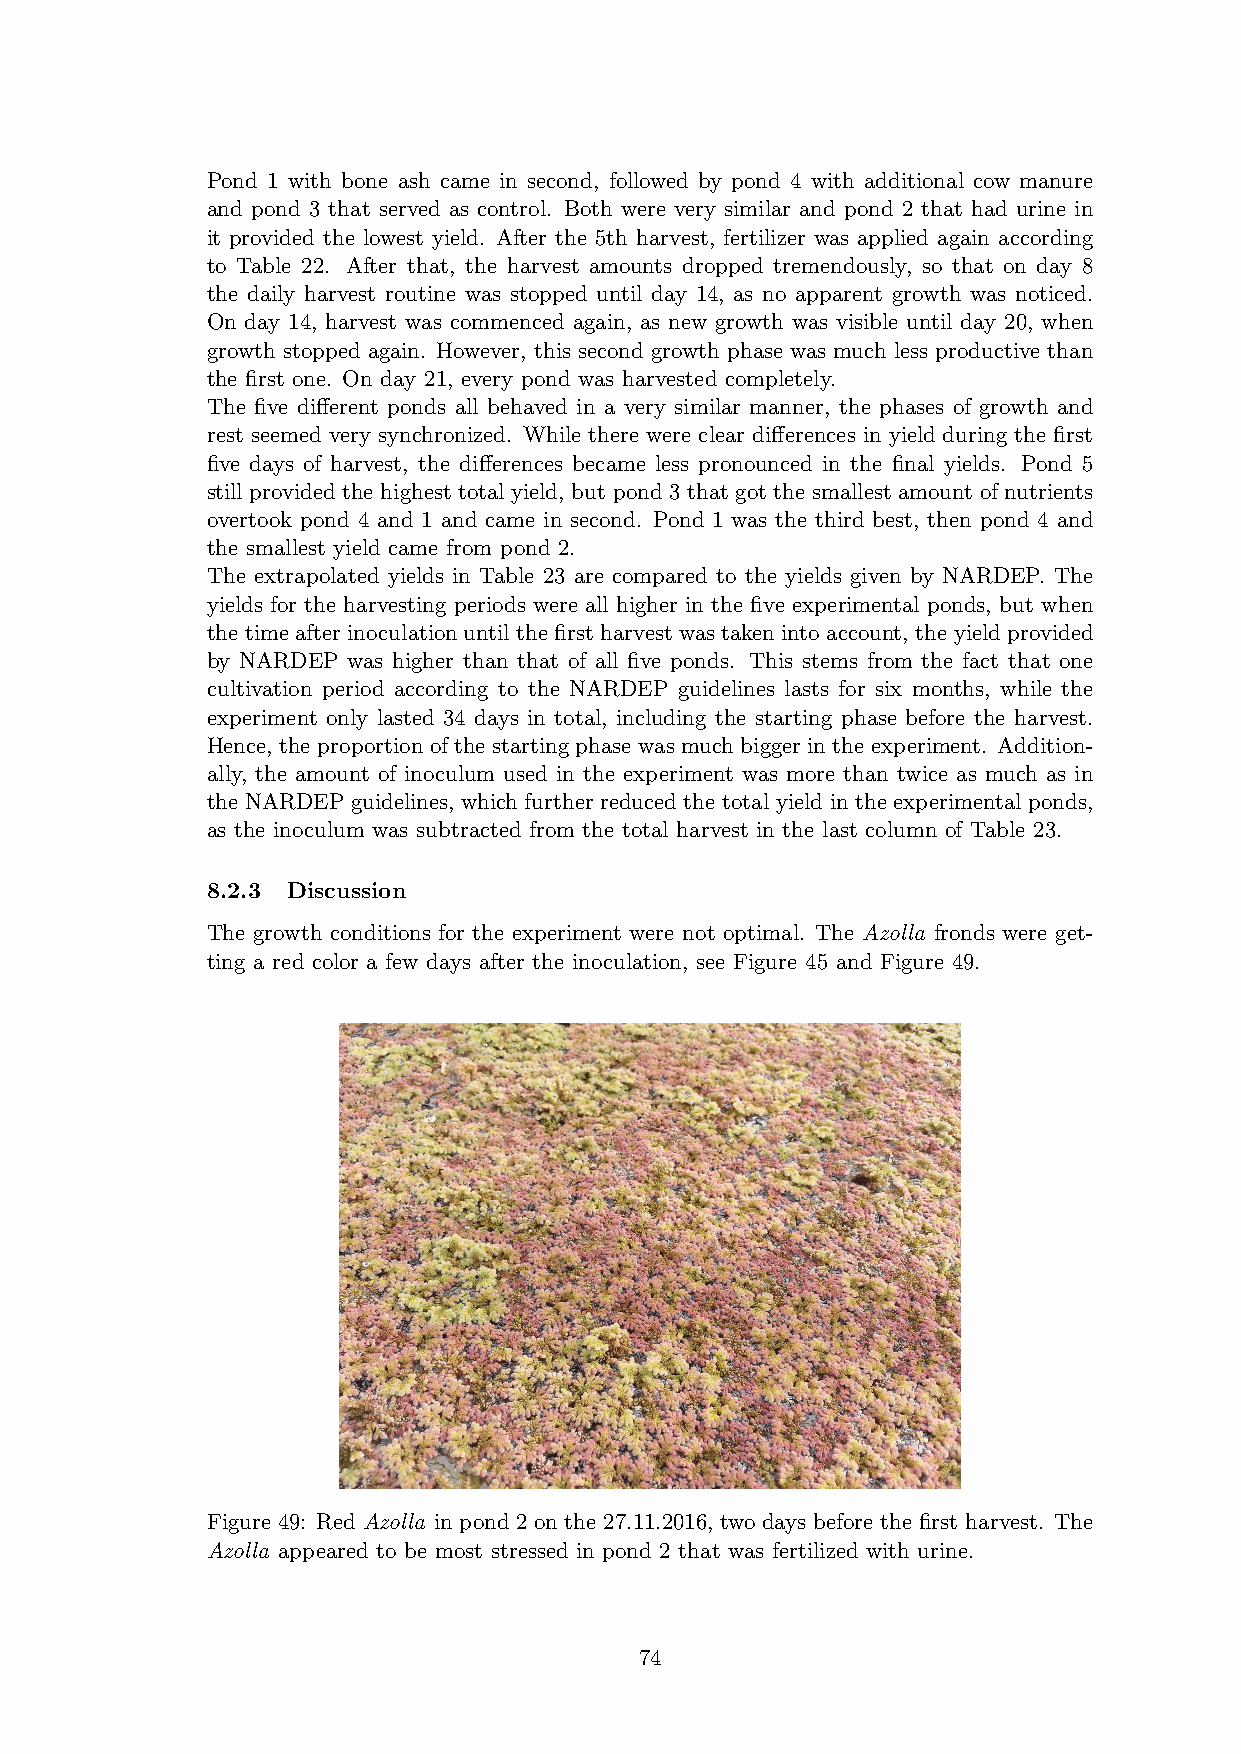
Pond 1 with bone ash came in second, followed by pond 4 with additional cow manure
 and pond 3 that served as control. Both were very similar and pond 2 that had urine in
 it provided the lowest yield. After the 5th harvest, fertilizer was applied again according
 to Table 22. After that, the harvest amounts dropped tremendously, so that on day 8
 the daily harvest routine was stopped until day 14, as no apparent growth was noticed.
 On day 14, harvest was commenced again, as new growth was visible until day 20, when
 growth stopped again. However, this second growth phase was much less productive than
 the first one. On day 21, every pond was harvested completely.
 The five different ponds all behaved in a very similar manner, the phases of growth and
 rest seemed very synchronized. While there were clear differences in yield during the first
 five days of harvest, the differences became less pronounced in the final yields. Pond 5
 still provided the highest total yield, but pond 3 that got the smallest amount of nutrients
 overtook pond 4 and 1 and came in second. Pond 1 was the third best, then pond 4 and
 the smallest yield came from pond 2.
 The extrapolated yields in Table 23 are compared to the yields given by NARDEP. The
 yields for the harvesting periods were all higher in the five experimental ponds, but when
 the time after inoculation until the first harvest was taken into account, the yield provided
 by NARDEP was higher than that of all five ponds. This stems from the fact that one
 cultivation period according to the NARDEP guidelines lasts for six months, while the
 experiment only lasted 34 days in total, including the starting phase before the harvest.
 Hence, the proportion of the starting phase was much bigger in the experiment. Addition-
 ally, the amount of inoculum used in the experiment was more than twice as much as in
 the NARDEP guidelines, which further reduced the total yield in the experimental ponds,
 as the inoculum was subtracted from the total harvest in the last column of Table 23.
 8.2.3 Discussion
 The growth conditions for the experiment were not optimal. The Azolla fronds were get-
 ting a red color a few days after the inoculation, see Figure 45 and Figure 49.
 Figure 49: Red Azolla in pond 2 on the 27.11.2016, two days before the first harvest. The
 Azolla appeared to be most stressed in pond 2 that was fertilized with urine.
 74